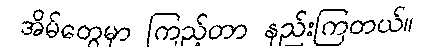
အိမ်တွေမှာ ကြည့်တာ နည်းကြတယ်။